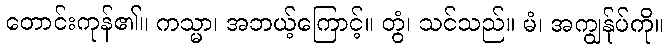
တောင်းကုန်၏။ ကသ္မာ၊ အဘယ့်ကြောင့်။ တွံ၊ သင်သည်။ မံ၊ အကျွန်ုပ်ကို။